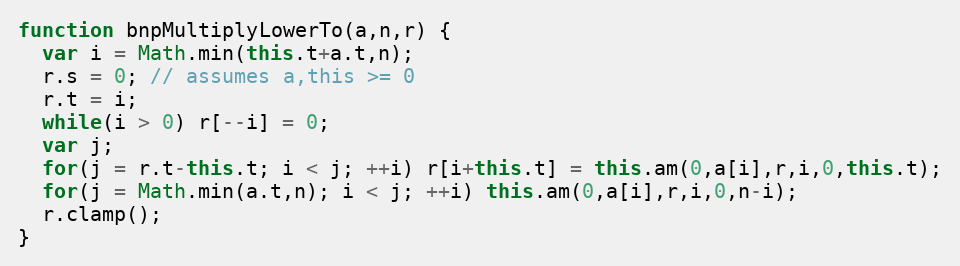
Language: JavaScript
function bnpMultiplyLowerTo(a,n,r) {
  var i = Math.min(this.t+a.t,n);
  r.s = 0; // assumes a,this >= 0
  r.t = i;
  while(i > 0) r[--i] = 0;
  var j;
  for(j = r.t-this.t; i < j; ++i) r[i+this.t] = this.am(0,a[i],r,i,0,this.t);
  for(j = Math.min(a.t,n); i < j; ++i) this.am(0,a[i],r,i,0,n-i);
  r.clamp();
}